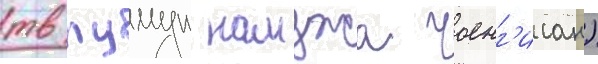
тв пумун намджа чоенг'исан)